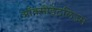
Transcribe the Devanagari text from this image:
ऑक्सीडेंटलिज्म